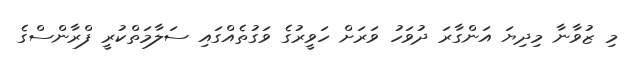
މި ޒުވާނާ މިދިޔަ އަންގާރަ ދުވަހު ވަރަށް ހަވީރުގެ ވަގުތެއްގައި ސަލާމަތްކުރީ ފްރާންސްގެ